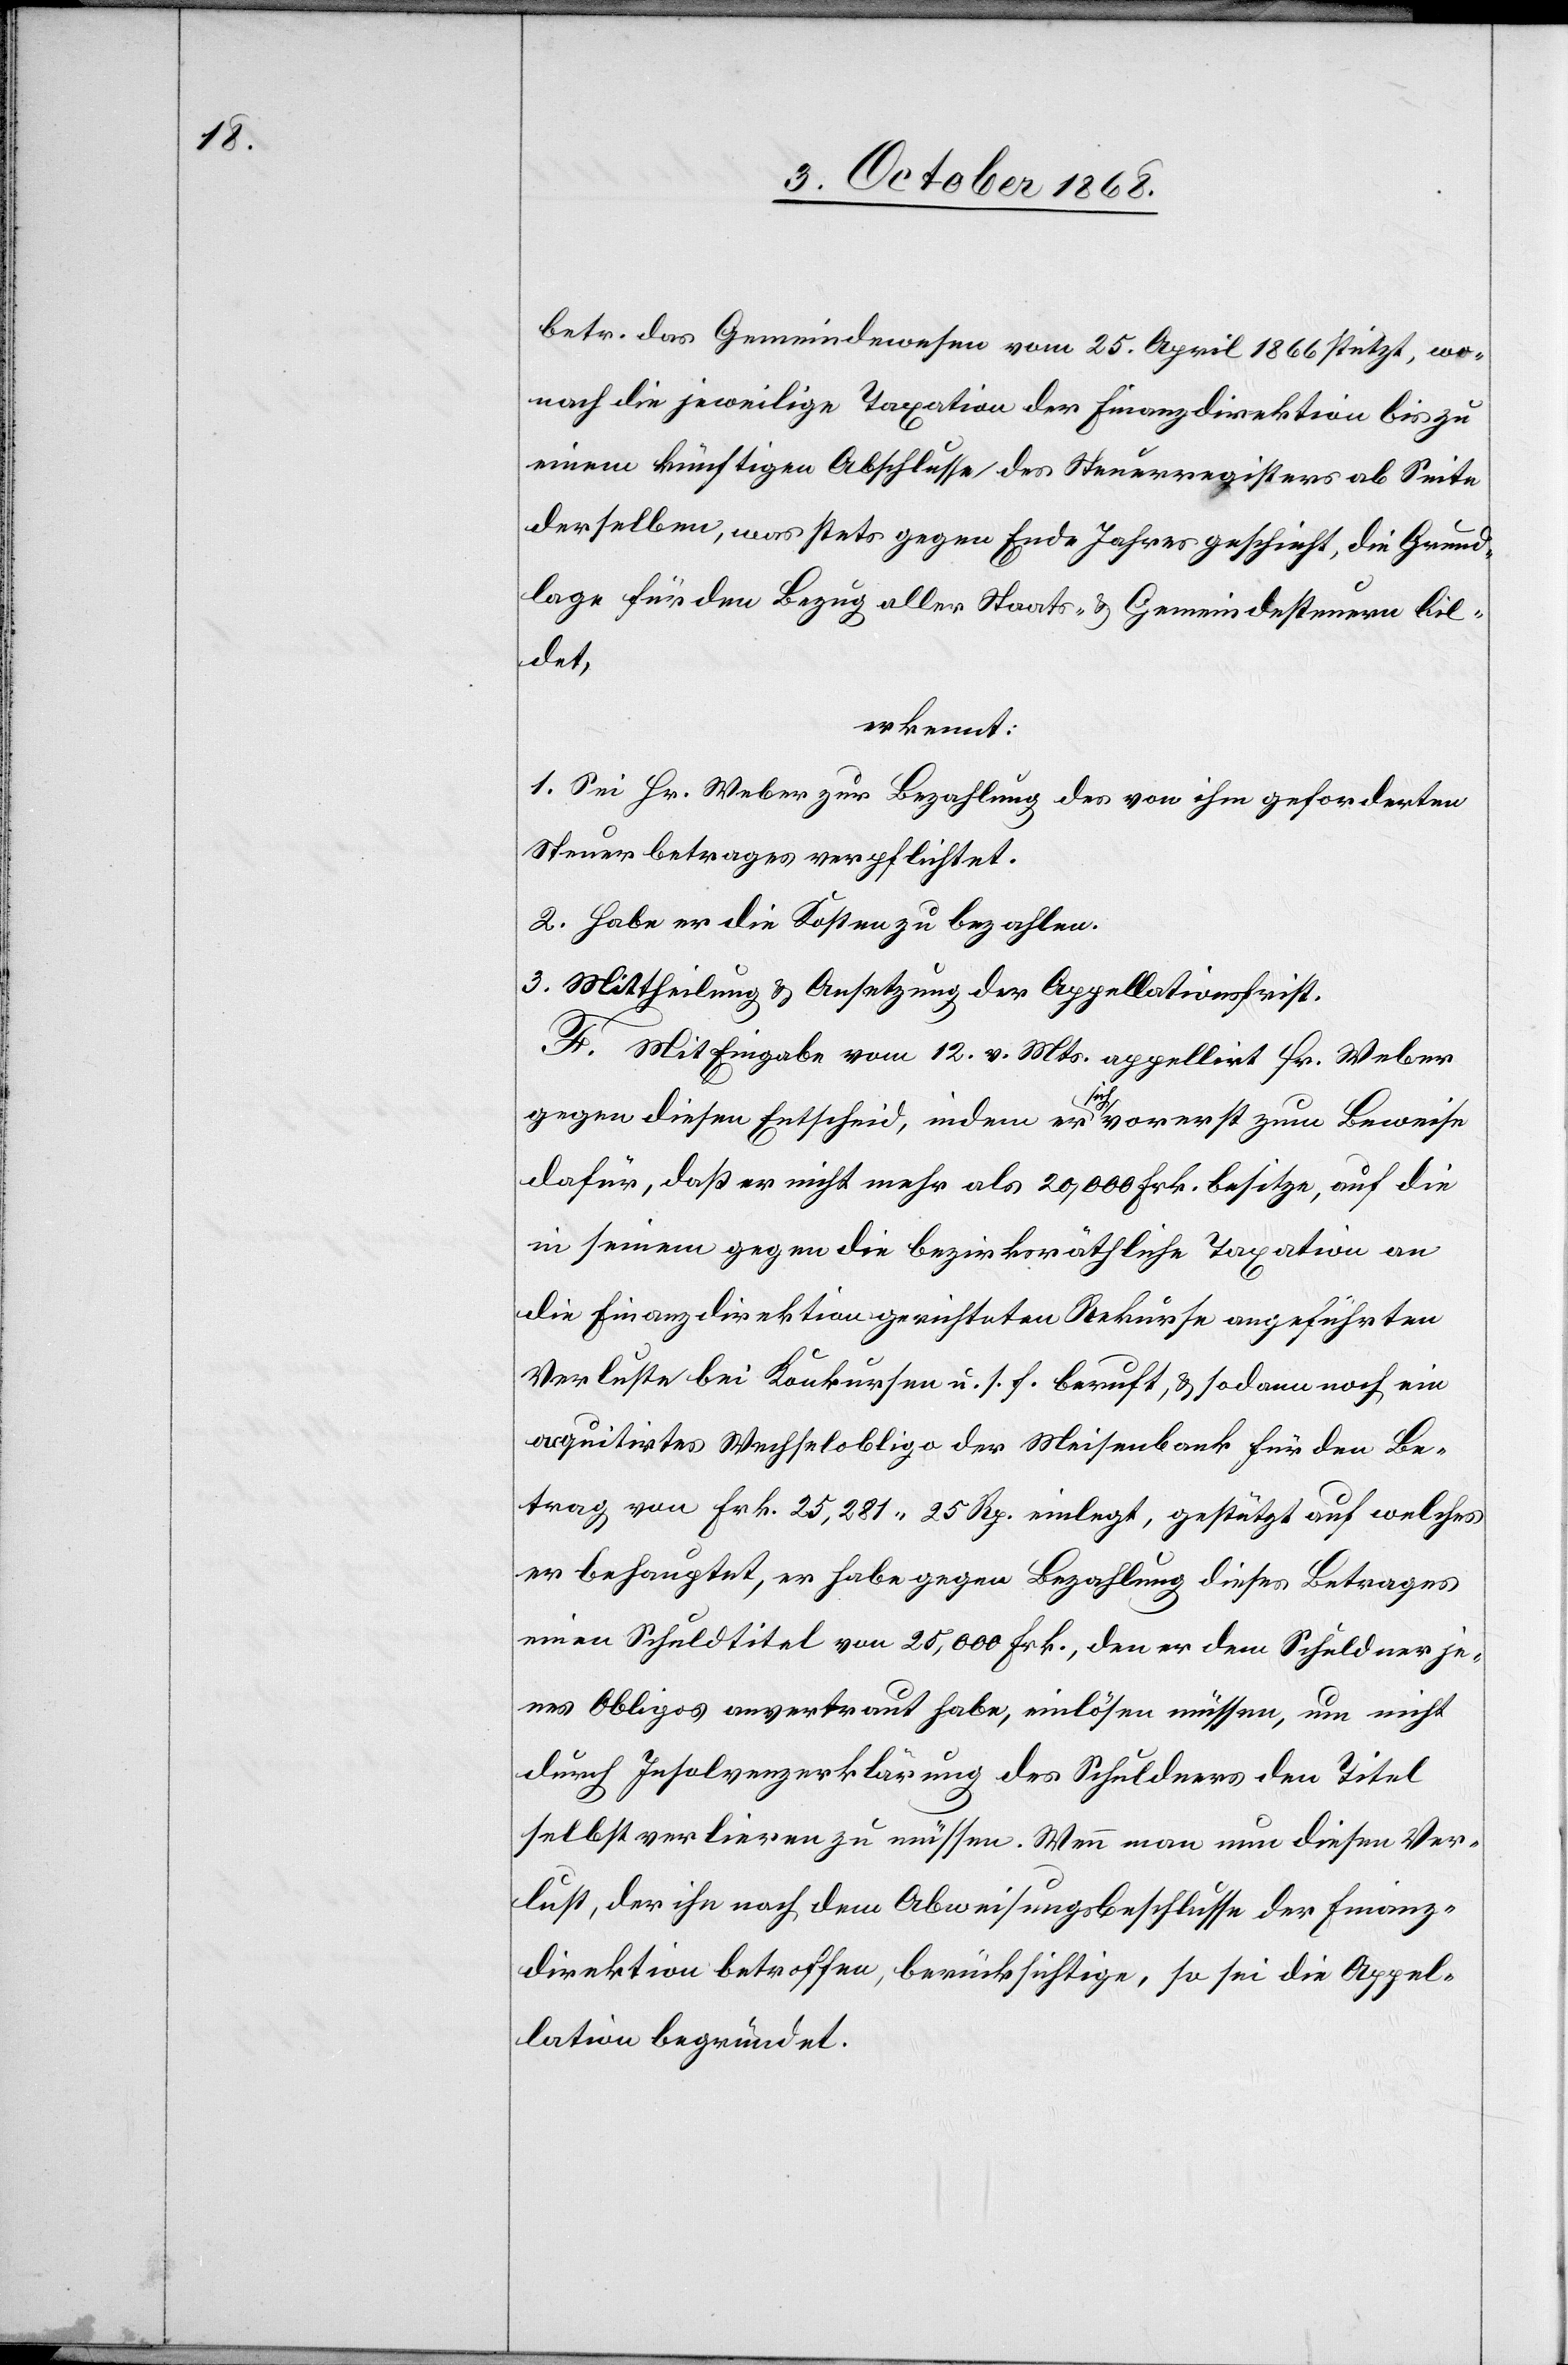
betr. das Gemeindewesen vom 25. April 1866 stützt, wo¬
nach die jeweilige Taxation der Finanzdirektion bis zu
einem künftigen Abschlusse des Steuerregisters ab Seite
derselben, was stets gegen Ende Jahres geschieht, die Grund¬
lage für den Bezug aller Staats- & Gemeindesteuern bil¬
det,
erkennt:
1. Sei Hr. Weber zur Bezahlung des von ihm geforderten
Steuerbetrages verpflichtet.
2. Habe er die Kosten zu bezahlen.
3. Mittheilung & Ansetzung der Appellationsfrist.
F. Mit Eingabe vom 12. v. Mts. appellirt Hr. Weber
gegen diesen Entscheid, indem er sich vorerst zum Beweise
dafür, daß er nicht mehr als 20,000 Frk. besitze, auf die
in seinem gegen die bezirksräthliche Taxation an
die Finanzdirektion gerichteten Rekurse angeführten
Verluste bei Konkursen u. s. f. beruft, & sodann noch ein
acquitirtes Wechselobligo der Meisenbank für den Be¬
trag von Frk. 25,281 25 Rp. einlegt, gestützt auf welches
er behauptet, er habe gegen Bezahlung dieses Betrages
einen Schuldtitel von 25,000 Frk., den er dem Schuldner je¬
nes Obligos anvertraut habe, einlösen müssen, um nicht
durch Insolvenzerklärung des Schuldners den Titel
selbst verlieren zu müssen. Wenn man nun diesen Ver¬
lust, der ihn nach dem Abweisungsbeschlusse der Finanz¬
direktion betroffen, berücksichtige, so sei die Appel¬
lation begründet.